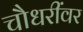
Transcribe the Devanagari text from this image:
चौधरींवर